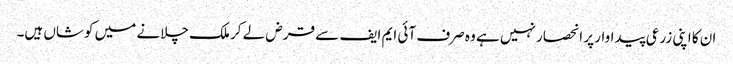
ان کا اپنی زرعی پیداوار پر انحصار نہیں ہے وہ صرف آئی ایم ایف سے قرض لے کر ملک چلانے میں کوشاں ہیں۔